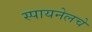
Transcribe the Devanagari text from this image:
स्पायनेलचे